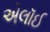
એલૉઈ